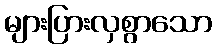
များပြားလှစွာသော